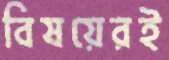
বিষয়েরই